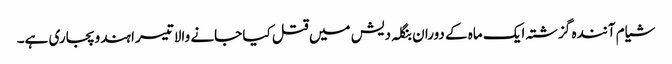
شیام آنندہ گزشتہ ایک ماہ کے دوران بنگلہ دیش میں قتل کیا جانے والا تیسرا ہندو پجاری ہے۔